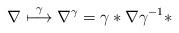
LaTeX: \begin{align*}\nabla \buildrel \gamma \over \longmapsto \nabla ^{\gamma} = \gamma* \nabla \gamma ^{-1} *\end{align*}